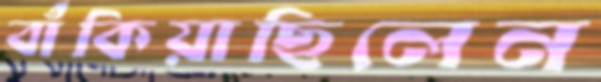
বাঁকিয়াছিলেন